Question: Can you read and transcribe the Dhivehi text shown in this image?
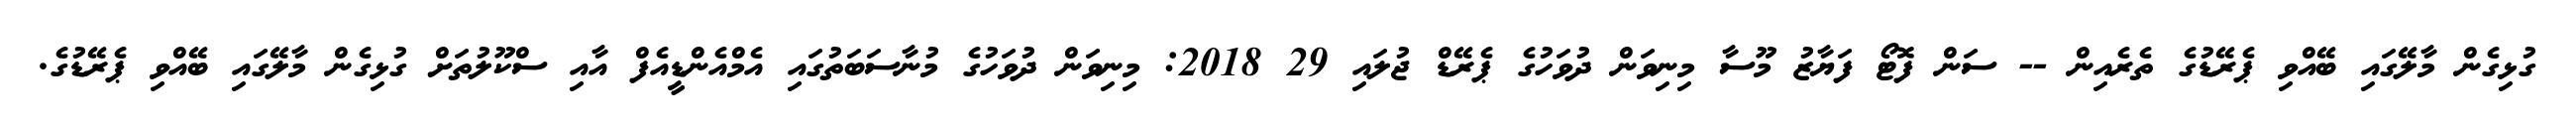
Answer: ގުޅިގެން މާލޭގައި ބޭއްވި ޕެރޭޑުގެ ތެރެއިން -- ސަން ފޮޓޯ ފަޔާޒު މޫސާ މިނިވަން ދުވަހުގެ ޕެރޭޑް ޖުލައި 29 2018: މިނިވަން ދުވަހުގެ މުނާސަބަތުގައި އެމްއެންޑީއެފް އާއި ސްކޫލުތަށް ގުޅިގެން މާލޭގައި ބޭއްވި ޕެރޭޑުގެ.